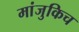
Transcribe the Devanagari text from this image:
मांजुकिच